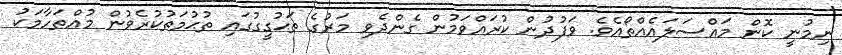
ނިމުނީ ކޮން މައްސަލައެއްތޯއެވެ. ވަފުދުން ކުރައްވަމުން ގެންދެވި މަރުގެ ތަޙުގީގުގައި ތުޙުމަތުކުރެވުން މުއްތަހާމަކު